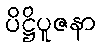
ပိဋ္ဌိပူဇနာ